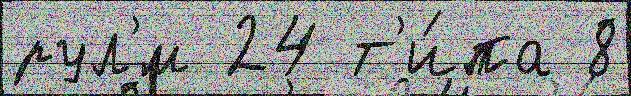
рул'́м 24 т'и́па 8